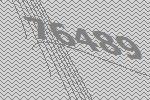
76489